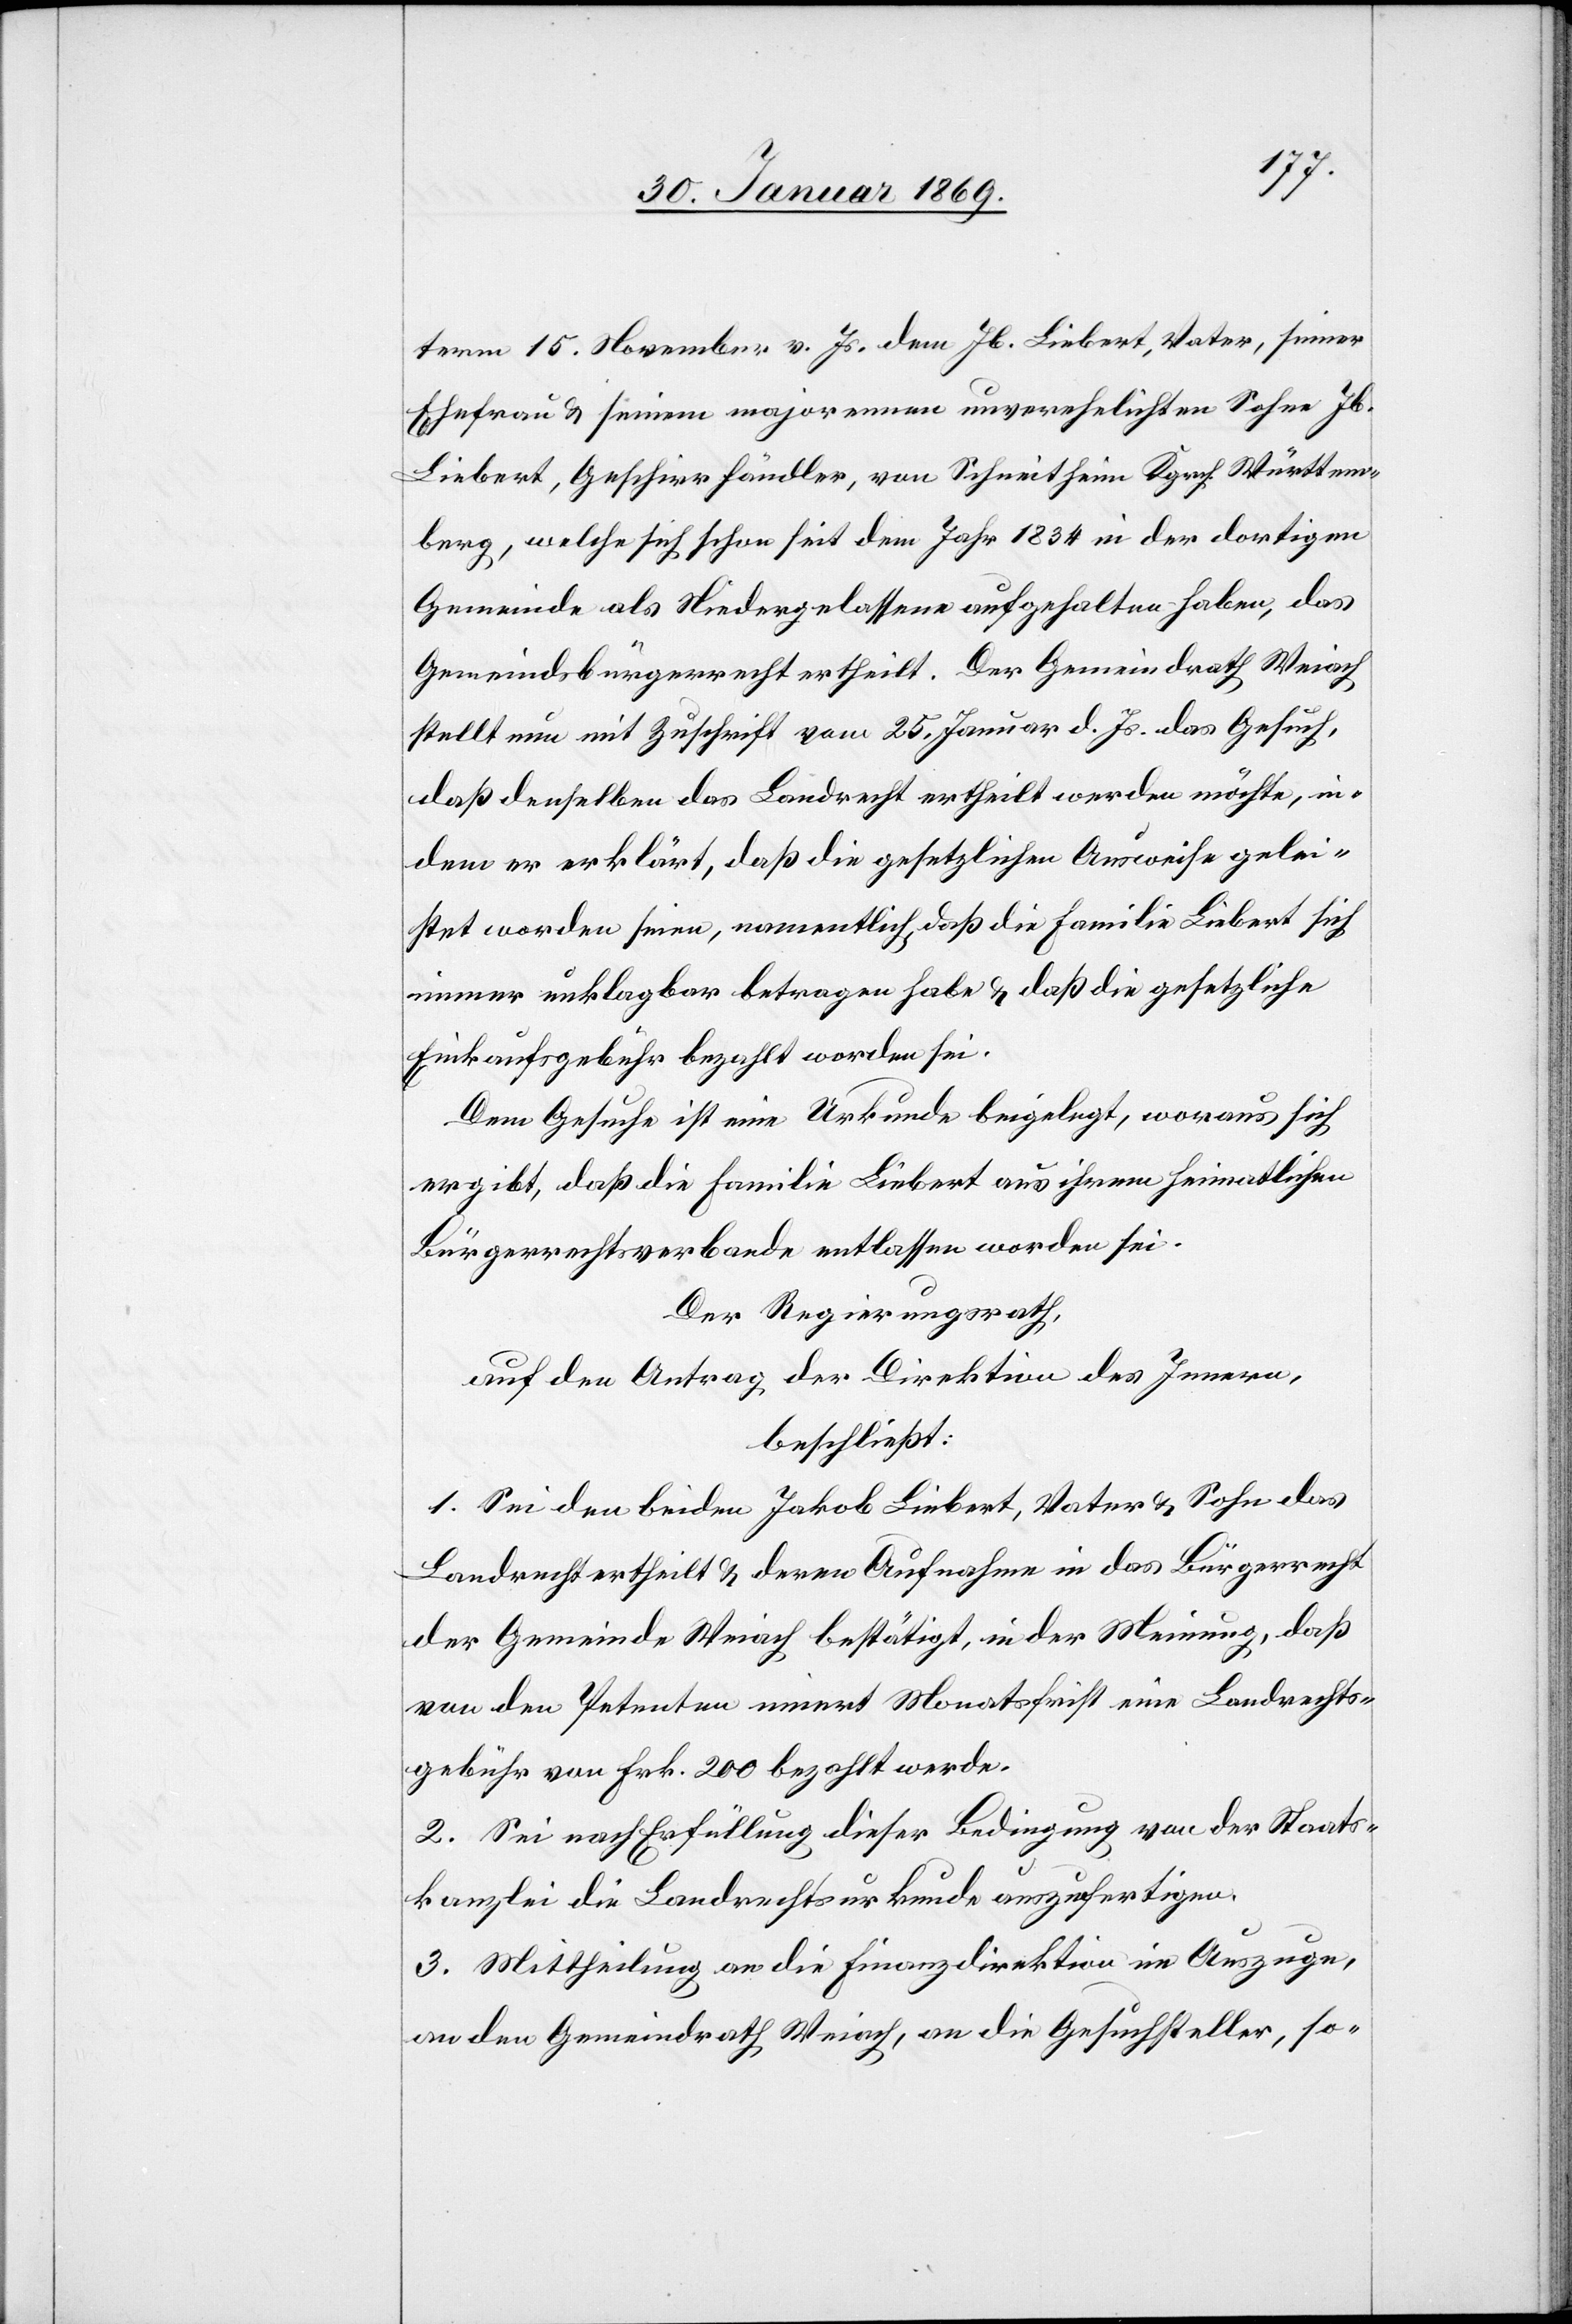
term 15. November v. Js. dem Jb. Liebert, Vater, seiner
Ehefrau u. seinem majorennen unverehelichten Sohn Jb.
Liebert, Geschirrhändler, von Schneitheim Kgrch. Württem¬
berg, welche sich schon seit dem Jahr 1854 in der dortigen
Gemeinde als Niedergelassene aufgehalten haben, das
Gemeindsbürgerrecht ertheilt. Der Gemeindrath Weiach
stellt nun mit Zuschrift vom 25. Januar d. Js. das Gesuch,
daß denselben das Landrecht ertheilt werden möchte, in¬
dem er erklärt, daß die gesetzlichen Ausweise gelei¬
stet worden seien, namentlich, daß die Familie Liebert sich
immer unklagbar betragen habe u. daß die gesetzliche
Einkaufsgebühr bezahlt worden sei.
Dem Gesuche ist eine Urkunde beigelegt, woraus sich
ergibt, daß die Familie Liebert aus ihrem heimatlichen
Bürgerrechtsverbande entlassen worden sei.
Der Regierungsrath,
auf den Antrag der Direktion des Innern,
beschließt:
1. Sei den beiden Jakob Liebert, Vater u. Sohn das
Landrecht ertheilt u. deren Aufnahme in das Bürgerrecht
der Gemeinde Weiach bestätigt, in der Meinung, daß
von den Petenten innert Monatsfrist eine Landrechts¬
gebühr von Frk. 200 bezahlt werde.
2. Sei nach Erfüllung dieser Bedingung von der Staats¬
kanzlei die Landrechtsurkunde auszufertigen.
3. Mittheilung an die Finanzdirektion im Auszuge,
an den Gemeindrath Weiach, an die Gesuchsteller, so-